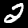
Label: 2